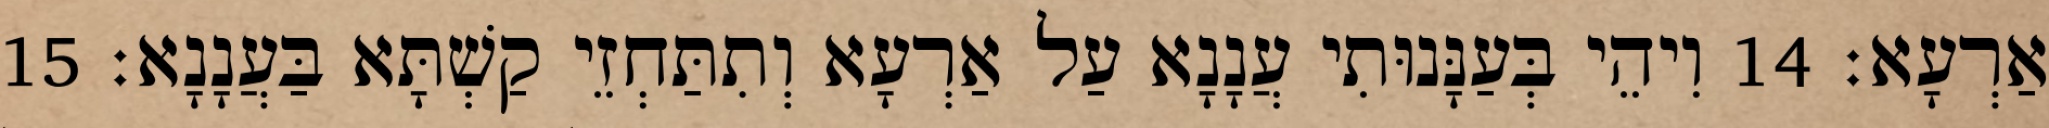
אַרְעָא׃ 14 וִיהֵי בְּעַנָּנוּתִי עֲנָנָא עַל אַרְעָא וְתִתַּחְזֵי קַשְׁתָּא בַּעֲנָנָא׃ 15